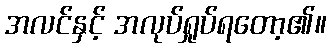
အလင်နှင့် အလုပ်ရှုပ်ရတော့၏။